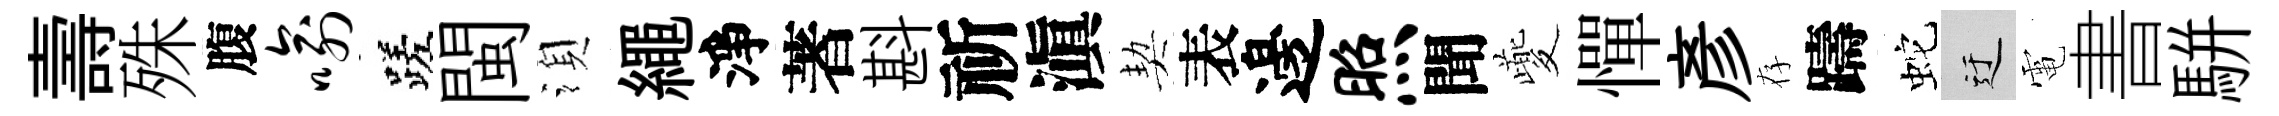
壽殊腹喻蹉閩湏繩淨著斟祈滇契表邊照聞夔憚彥存躊蛇迂電書駢